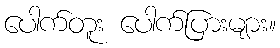
ပေါက်တူး ပေါက်ပြားများ။